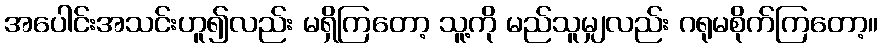
အပေါင်းအသင်းဟူ၍လည်း မရှိကြတော့ သူ့ကို မည်သူမျှလည်း ဂရုမစိုက်ကြတော့။